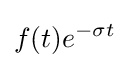
f(t)e^{-\sigma t}